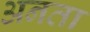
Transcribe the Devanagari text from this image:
अनता